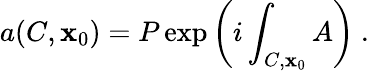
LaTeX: a(C,\mathbf{x}_{0})=P\exp\left(i\int_{C,\mathbf{x}_{0}}A\right)~.